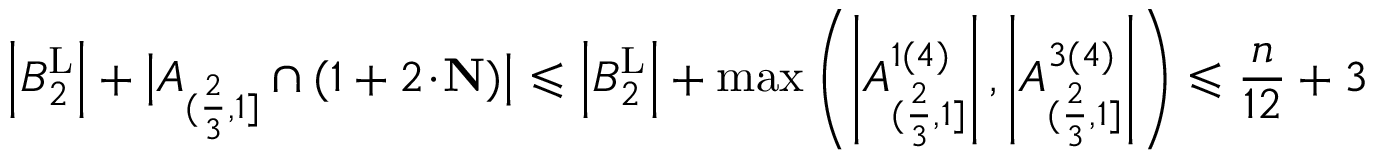
\left| B _ { 2 } ^ { \operatorname { L } } \right| + \big | A _ { ( \frac { 2 } { 3 } , 1 ] } \cap ( 1 + 2 \! \cdot \! \mathbf { N } ) \big | \leqslant \left| B _ { 2 } ^ { \operatorname { L } } \right| + \operatorname* { m a x } \left( \left| A _ { ( \frac { 2 } { 3 } , 1 ] } ^ { 1 ( 4 ) } \right| , \left| A _ { ( \frac { 2 } { 3 } , 1 ] } ^ { 3 ( 4 ) } \right| \right) \leqslant \frac { n } { 1 2 } + 3